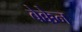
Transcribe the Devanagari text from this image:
बेक्केन